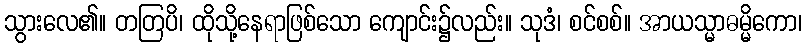
သွားလေ၏။ တတြပိ၊ ထိုသို့နေရာဖြစ်သော ကျောင်း၌လည်း။ သုဒံ၊ စင်စစ်။ အာယသ္မာဓမ္မိကော၊